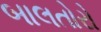
બાલતોરો